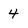
Character: 4